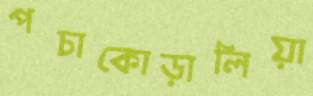
পচাকোড়ালিয়া